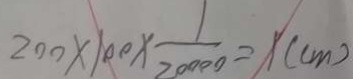
2 0 0 \times 1 0 0 \times \frac { 1 } { 2 0 0 0 0 } = 1 ( c m )